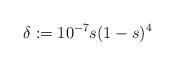
LaTeX: \begin{align*}\delta:=10^{-7}s(1-s)^4\end{align*}